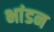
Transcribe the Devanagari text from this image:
भांडन